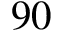
9 0